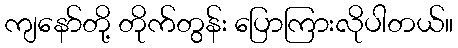
ကျနော်တို့ တိုက်တွန်း ပြောကြားလိုပါတယ်။